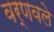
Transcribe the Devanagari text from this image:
वर्णवले